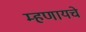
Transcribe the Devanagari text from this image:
म्‍हणायचे